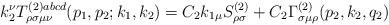
LaTeX: \begin{align*}k_2^\nu T_{\rho \sigma \mu \nu }^{(2)abcd}(p_1,p_2;k_1,k_2)=C_2k_{1\mu}S_{\rho \sigma }^{(2)}+C_2\Gamma _{\sigma \mu \rho }^{(2)}(p_2,k_2,q_2)\end{align*}